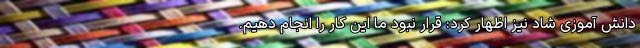
دانش آموزی شاد نیز اظهار کرد: قرار نبود ما این کار را انجام دهیم.